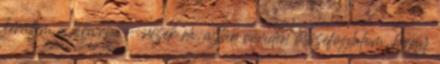
kerültem a táborba.- nézek rá, aztán röviden összefoglalom, hogy